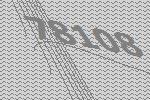
78108